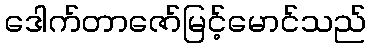
ဒေါက်တာဇော်မြင့်မောင်သည်